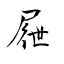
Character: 屜